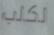
لكلب